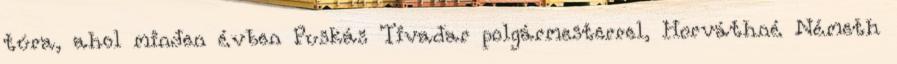
túra, ahol minden évben Puskás Tivadar polgármesterrel, Horváthné Németh